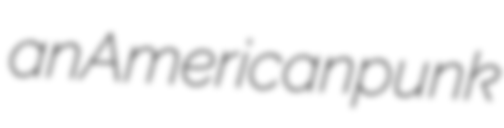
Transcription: an American punk